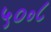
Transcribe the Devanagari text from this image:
५०॰८